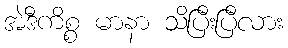
အဲဒီကိစ္စ မာနာ သိပြီးပြီလား